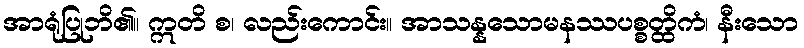
အာရုံပြုဘိ၏။ ဣတိ စ၊ လည်းကောင်း။ အာသန္နသောမနဿပစ္စတ္ထိကံ၊ နီးသော